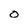
Character: O